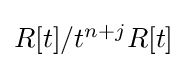
\textstyle R[t]/t^{n+j}R[t]